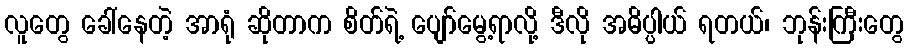
လူတွေ ခေါ်နေတဲ့ အာရုံ ဆိုတာက စိတ်ရဲ့ ပျော်မွေ့ရာလို့ ဒီလို အဓိပ္ပါယ် ရတယ်၊ ဘုန်းကြီးတွေ